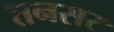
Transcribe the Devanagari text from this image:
तनसर